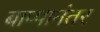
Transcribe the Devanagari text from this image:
बाप्पानंतर